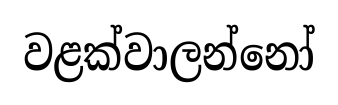
වළක්වාලන්නෝ